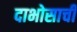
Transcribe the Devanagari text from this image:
दाभोसाची